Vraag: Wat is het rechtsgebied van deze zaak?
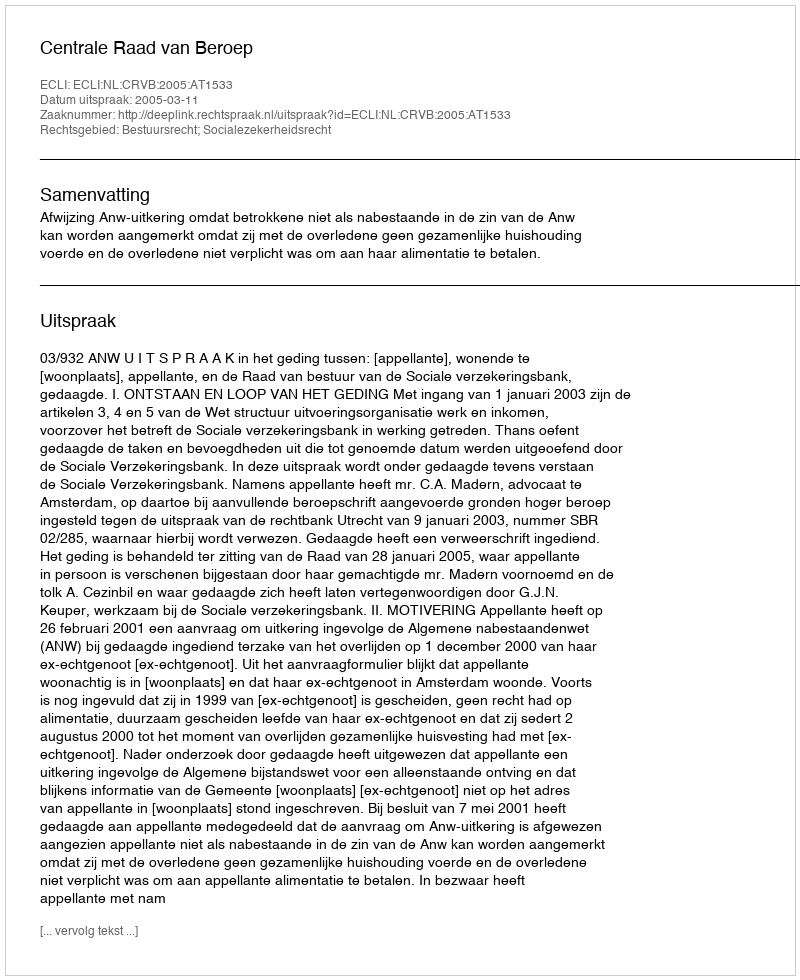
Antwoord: Bestuursrecht; Socialezekerheidsrecht